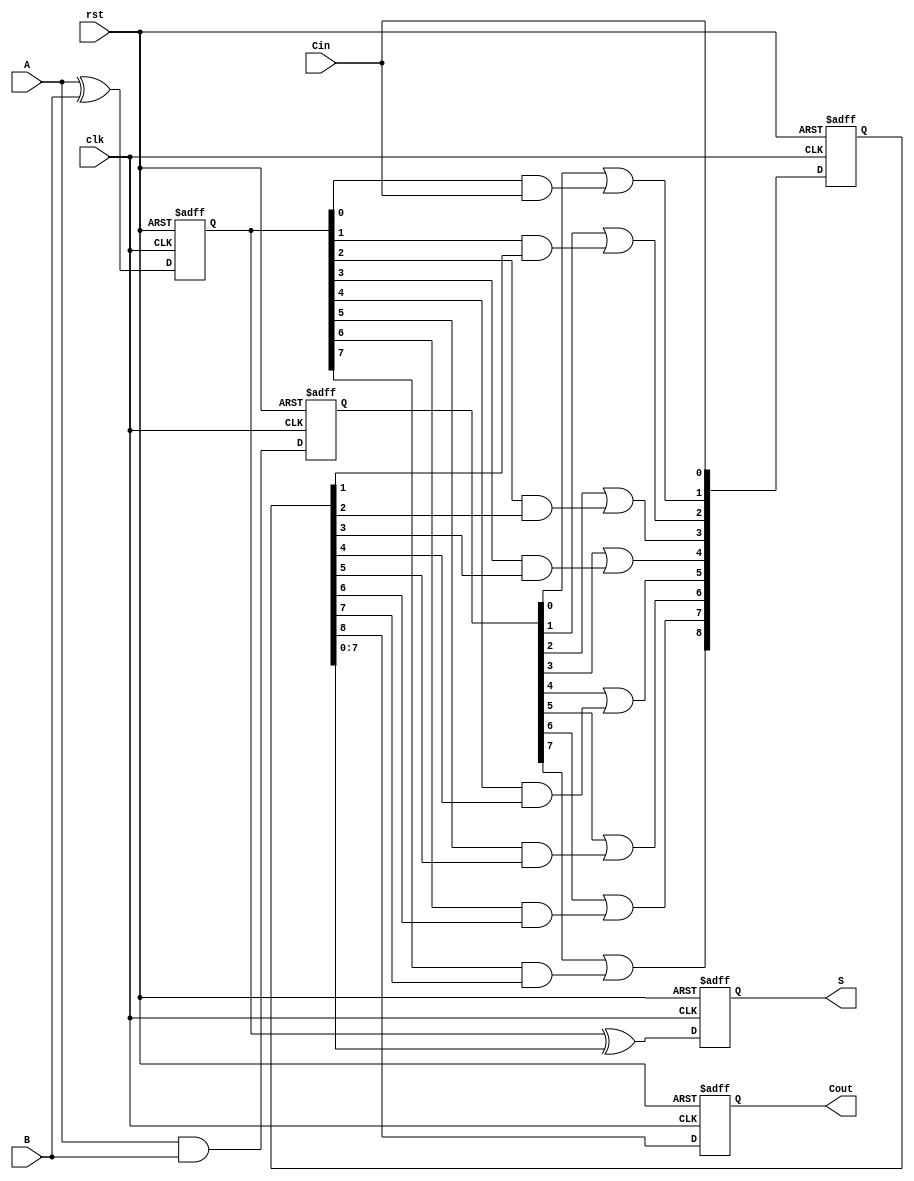
module pipelined_cla #(
    parameter N = 8 // Parameter for the bit-width of the adder
) (
    input wire clk,            // Clock signal
    input wire rst,            // Reset signal
    input wire [N-1:0] A,     // First n-bit input
    input wire [N-1:0] B,     // Second n-bit input
    input wire Cin,           // Carry-in
    output reg [N-1:0] S,     // n-bit sum output
    output reg Cout           // Carry-out
);

    // Intermediate signals for generate (G) and propagate (P)
    reg [N-1:0] G;
    reg [N-1:0] P;
    reg [N:0] C; // Carry signals (C[0] to C[N])

    // Stage 1: Compute G and P signals
    always @(posedge clk or posedge rst) begin
        if (rst) begin
            G <= 0;
            P <= 0;
        end else begin
            G <= A & B;          // Generate
            P <= A ^ B;          // Propagate
        end
    end

    // Stage 2: Compute carry signals using the carry lookahead logic
    always @(posedge clk or posedge rst) begin
        if (rst) begin
            C <= 0;
        end else begin
            C[0] <= Cin;                      // C[0]
            C[1] <= G[0] | (P[0] & Cin);      // C[1]
            C[2] <= G[1] | (P[1] & C[1]);      // C[2]
            C[3] <= G[2] | (P[2] & C[2]);      // C[3]
            C[4] <= G[3] | (P[3] & C[3]);      // C[4]
            C[5] <= G[4] | (P[4] & C[4]);      // C[5]
            C[6] <= G[5] | (P[5] & C[5]);      // C[6]
            C[7] <= G[6] | (P[6] & C[6]);      // C[7]
            C[8] <= G[7] | (P[7] & C[7]);      // C[8] (Final Cout)
        end
    end

    // Stage 3: Compute final sum
    always @(posedge clk or posedge rst) begin
        if (rst) begin
            S <= 0;
            Cout <= 0;
        end else begin
            S <= P ^ C[N-1:0]; // Sum calculation
            Cout <= C[N];      // Final carry out
        end
    end

endmodule